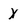
Character: X